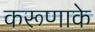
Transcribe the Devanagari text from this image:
करूणाके